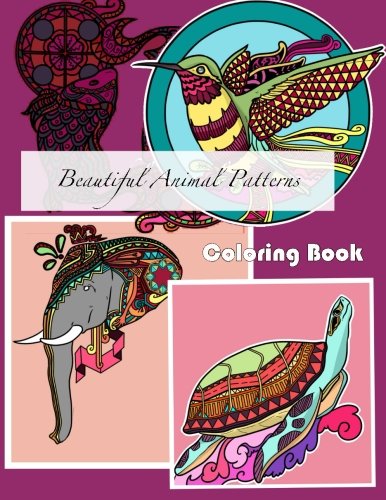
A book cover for Beautiful Animal Patterns Coloring Book (Beautiful Patterns & Designs Adult Coloring Books) (Volume 43); Lilt Kids Coloring Books; Arts & Photography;